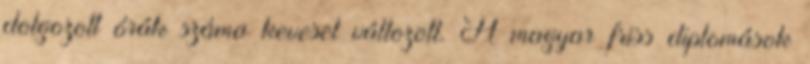
dolgozott órák száma keveset változott. A magyar friss diplomások